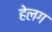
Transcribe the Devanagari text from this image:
हेलग